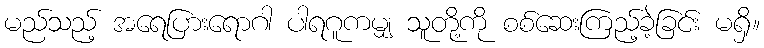
မည်သည့် အရေပြားရောဂါ ပါရဂူကမျှ သူတို့ကို စစ်ဆေးကြည့်ခဲ့ခြင်း မရှိ။